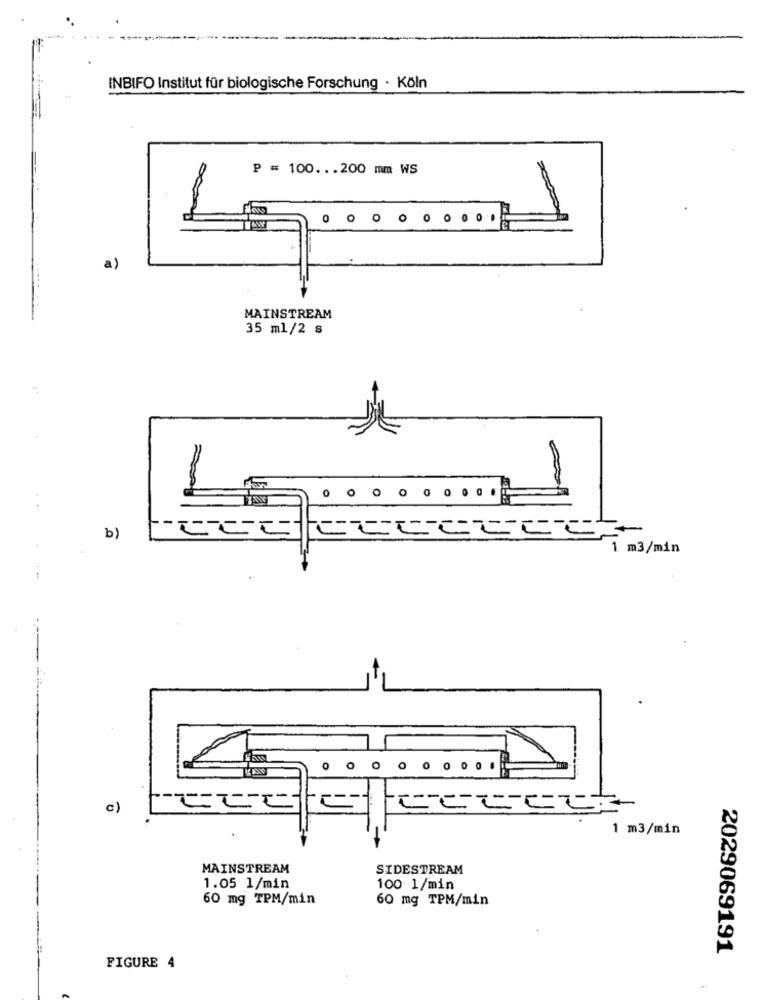
INBIFO Institut für biologische Forschung · Köln
P = 100 ... 200 mm WS
1
a)
MAINSTREAM
35 ml/2 s
b)
1 m3/min
c)
1 m3/min
MAINSTREAM
SIDESTREAM
1.05 1/min
100 1/min
60 mg TPM/min
60 mg TPM/min
2029069191
FIGURE 4